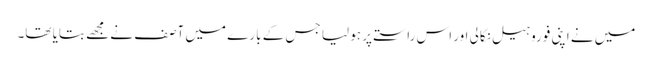
میں نے اپنی فوروہیل نکالی اور اس راستے پر ہو لیا جس کے بارے میں آصف نے مجھے بتایا تھا۔